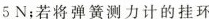
5N；若将弹簧测力计的挂环